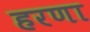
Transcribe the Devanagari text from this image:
हरणा